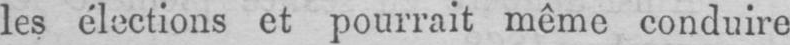
les élections et pourrait même conduire